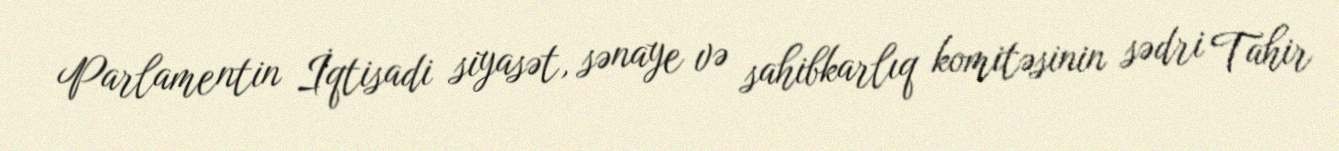
Parlamentin İqtisadi siyasət, sənaye və sahibkarlıq komitəsinin sədri Tahir